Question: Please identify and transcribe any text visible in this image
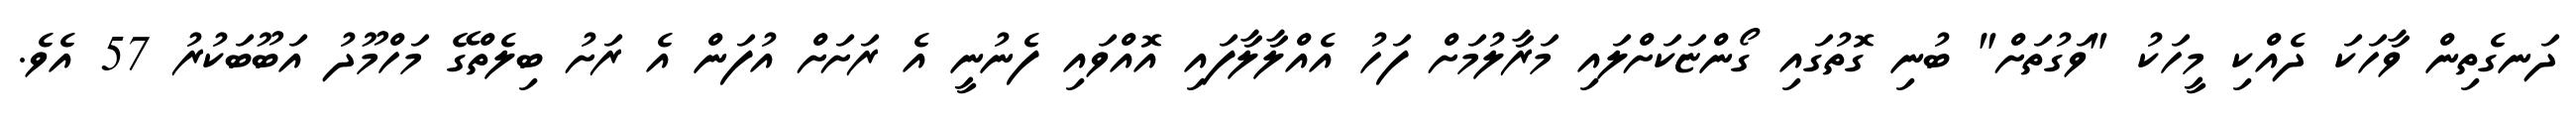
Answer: ދަނގެތިން ވާހަކަ ދެއްކި މީހަކު "ވަގުތަށް" ބުނި ގޮތުގައި ގޯންޏަކަށްލައި މަރާލުމަށް ފަހު އެއްލާލާފައި އޮއްވައި ފެނުނީ އެ ރަށަށް އުފަން އެ ރަށު ބިލެތްގޭ މަހްމޫދު އަބޫބަކުރު 57 އެވެ.